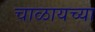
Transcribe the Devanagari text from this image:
चाळायच्या